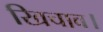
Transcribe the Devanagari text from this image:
खिचाव।